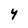
Character: Y